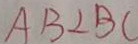
A B \bot B C